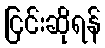
ငြင်းဆိုရန်